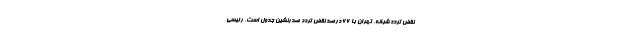
نقض تردد شبانه، تهران با ۶۶ درصد نقض تردد صدرنشین جدول است. رئیسی